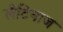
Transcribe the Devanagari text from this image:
लैटिनाज